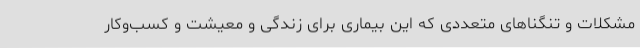
مشکلات و تنگناهای متعددی که این بیماری برای زندگی و معیشت و کسب‌وکار